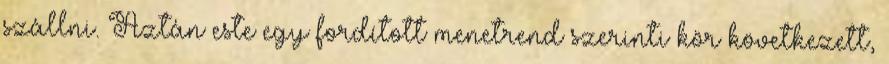
szállni. Aztán este egy fordított menetrend szerinti kör következett,